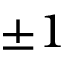
\pm 1